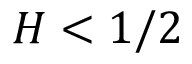
H < 1 / 2